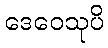
ဒေဝေသုပိ